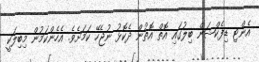
އެންޓި ޑިފެކްޝަން ބިލުގައި އޮތް އޮތުން ދެކޮޅު ނުޖެހޭ ކަމަށެވެ. އެހެންކަމުން މިބިލަކީ